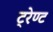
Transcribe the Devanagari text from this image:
ट्रेण्ट